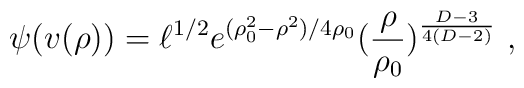
\psi(v(\rho)) = \ell^{1/2} e^{(\rho_0^2 - \rho^2)/4\rho_0}    (\frac{\rho}{\rho_0})^{{D-3\over4(D-2)}}~,